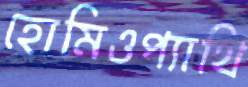
হোমিওপ্যাথি